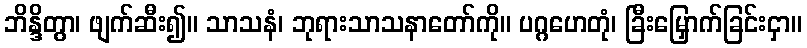
ဘိန္ဒိတွာ၊ ဖျက်ဆီး၍။ သာသနံ၊ ဘုရားသာသနာတော်ကို။ ပဂ္ဂဟေတုံ၊ ခြီးမြှောက်ခြင်းငှာ။